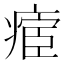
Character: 𱱛